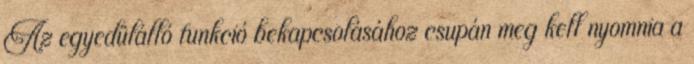
Az egyedülálló funkció bekapcsolásához csupán meg kell nyomnia a